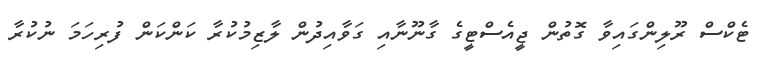
ޓެކްސް ރޫލިންގައިވާ ގޮތުން ޖީއެސްޓީގެ ގާނޫނާއި ގަވާއިދުން ލާޒިމުކުރާ ކަންކަން ފުރިހަމަ ނުކުރާ